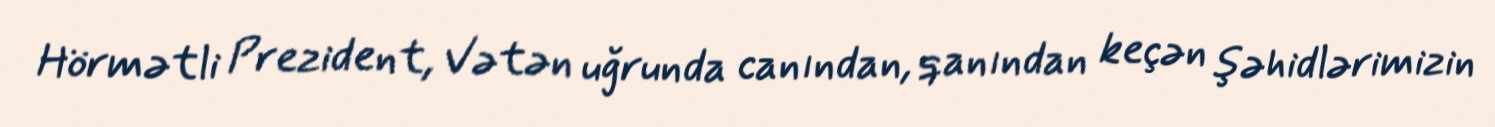
Hörmətli Prezident, Vətən uğrunda canından, qanından keçən şəhidlərimizin